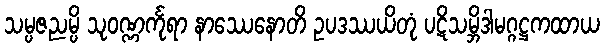
သမ္ပဇညမ္ပိ သုဝဏ္ဏင်္ကုရာ နာဿေနောတိ ဥပဒဿယိတုံ ပဋိသမ္ဘိဒါမဂ္ဂဋ္ဌကထာယ